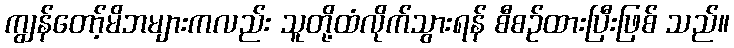
ကျွန်တော့်မိဘများကလည်း သူတို့ထံလိုက်သွားရန် စီစဉ်ထားပြီးဖြစ် သည်။